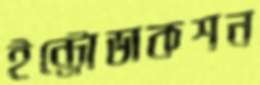
ইন্ট্রোডাকশন